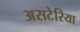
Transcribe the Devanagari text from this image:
असटेरिया